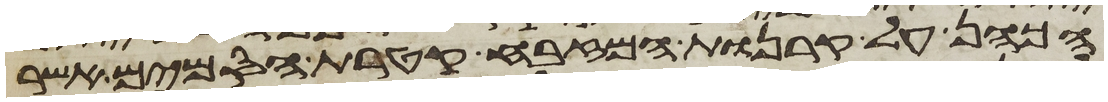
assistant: הכהן על קרנות המזבח קטרת הסמים אשר